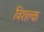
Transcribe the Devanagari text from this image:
विशक्ल